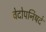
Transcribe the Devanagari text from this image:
वेदोपनिषदे